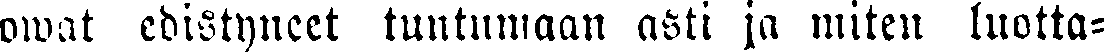
owat edistyneet tuntumaan asti ja miten luotta-